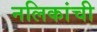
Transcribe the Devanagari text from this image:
नलिकांची